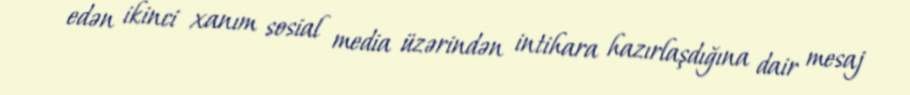
edən ikinci xanım sosial media üzərindən intihara hazırlaşdığına dair mesaj